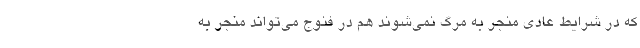
که در شرایط عادی منجر به مرگ نمی‌شوند هم در فنوج می‌تواند منجر به